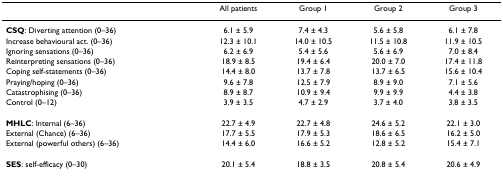
<table><thead><tr><td>[EMPTY_CELL]</td><td><b>All patients</b></td><td><b>Group 1</b></td><td><b>Group 2</b></td><td><b>Group 3</b></td></tr></thead><tbody><tr><td><b>CSQ</b>: Diverting attention (0–36)</td><td>6.1 ± 5.9</td><td>7.4 ± 4.3</td><td>5.6 ± 5.8</td><td>6.1 ± 7.8</td></tr><tr><td>Increase behavioural act. (0–36)</td><td>12.3 ± 10.1</td><td>14.0 ± 10.5</td><td>11.5 ± 10.8</td><td>11.9 ± 10.5</td></tr><tr><td>Ignoring sensations (0–36)</td><td>6.2 ± 6.9</td><td>5.4 ± 5.6</td><td>5.6 ± 6.9</td><td>7.0 ± 8.4</td></tr><tr><td>Reinterpreting sensations (0–36)</td><td>18.9 ± 8.5</td><td>19.4 ± 6.4</td><td>20.0 ± 7.0</td><td>17.4 ± 11.8</td></tr><tr><td>Coping self-statements (0–36)</td><td>14.4 ± 8.0</td><td>13.7 ± 7.8</td><td>13.7 ± 6.5</td><td>15.6 ± 10.4</td></tr><tr><td>Praying/hoping (0–36)</td><td>9.6 ± 7.8</td><td>12.5 ± 7.9</td><td>8.9 ± 9.0</td><td>7.1 ± 5.6</td></tr><tr><td>Catastrophising (0–36)</td><td>8.9 ± 8.7</td><td>10.9 ± 9.4</td><td>9.9 ± 9.9</td><td>4.4 ± 3.8</td></tr><tr><td>Control (0–12)</td><td>3.9 ± 3.5</td><td>4.7 ± 2.9</td><td>3.7 ± 4.0</td><td>3.8 ± 3.5</td></tr><tr><td><b>MHLC</b>: Internal (6–36)</td><td>22.7 ± 4.9</td><td>22.7 ± 4.8</td><td>24.6 ± 5.2</td><td>22.1 ± 3.0</td></tr><tr><td>External (Chance) (6–36)</td><td>17.7 ± 5.5</td><td>17.9 ± 5.3</td><td>18.6 ± 6.5</td><td>16.2 ± 5.0</td></tr><tr><td>External (powerful others) (6–36)</td><td>14.4 ± 6.0</td><td>16.6 ± 5.2</td><td>12.8 ± 5.2</td><td>15.4 ± 7.1</td></tr><tr><td><b>SES</b>: self-efficacy (0–30)</td><td>20.1 ± 5.4</td><td>18.8 ± 3.5</td><td>20.8 ± 5.4</td><td>20.6 ± 4.9</td></tr></tbody></table>